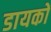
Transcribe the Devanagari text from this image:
डायकों